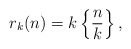
\begin{align*}r_k(n) = k \left\{\frac{n}{k}\right\},\end{align*}